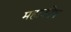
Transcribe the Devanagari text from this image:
महाकोष